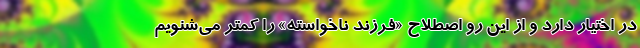
در اختیار دارد و از این رو اصطلاح «فرزند ناخواسته» را کمتر می‌شنویم